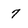
Character: 7